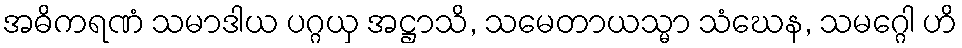
အဓိကရဏံ သမာဒါယ ပဂ္ဂယှ အဋ္ဌာသိ, သမေတာယသ္မာ သံဃေန, သမဂ္ဂေါ ဟိ